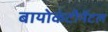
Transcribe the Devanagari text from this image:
बायोकंटीनेंटल